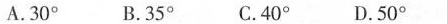
A.30° B.35°C.40°D.50°